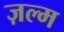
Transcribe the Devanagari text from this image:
ज़ल्म